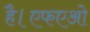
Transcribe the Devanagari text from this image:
है।एफएओ